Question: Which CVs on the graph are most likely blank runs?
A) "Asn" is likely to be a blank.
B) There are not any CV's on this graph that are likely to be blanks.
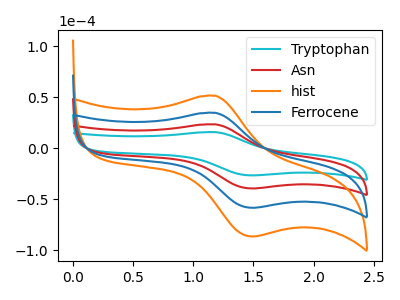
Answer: <think>The cyan curve "Tryptophan" has an anodic peak at (1.20V, 15.85uA) and a cathodic peak at (1.50V, -26.60uA). The red curve "Asn" has an anodic peak at (1.20V, 23.50uA) and a cathodic peak at (1.50V, -39.40uA). The orange curve "hist" has an anodic peak at (1.20V, 70.45uA) and a cathodic peak at (1.50V, -118.20uA). The blue curve "Ferrocene" has an anodic peak at (1.20V, 46.95uA) and a cathodic peak at (1.50V, -78.80uA).</think>
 <answer>B) There are not any CV's on this graph that are likely to be blanks.</answer>
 <eval>B</eval>